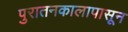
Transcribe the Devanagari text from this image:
पुरातनकालापासून